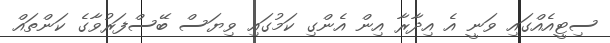
ސިޓީއެއްގައި ވަނީ އެ އިދާރާ އިން އެންގި ކަމުގައި ވިޔަސް ބޭސްފަރުވާގެ ކަންތައް